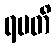
ရမတိ